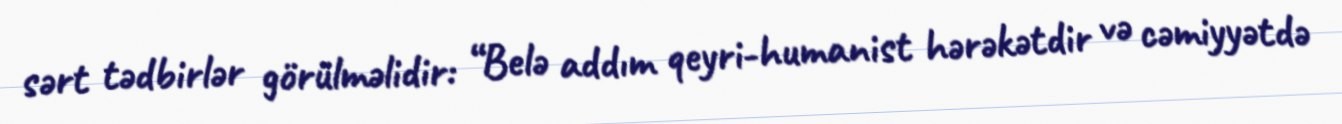
sərt tədbirlər görülməlidir: “Belə addım qeyri-humanist hərəkətdir və cəmiyyətdə